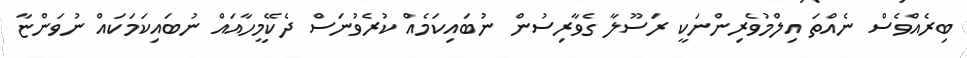
ބިރެއްވެސް ނެއްތަ އިލްމުވެރިންނަކީ ރަސޫލާ ގެވާރިސުން ނުބައިކަމެއް ކުރެވުނަސް ދެކޭމީހާއައް ނުބައިކަމަކައް ނުވަންޏާ